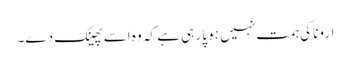
ارونا کی ہمت نہیں ہو پا رہی ہے کہ وہ اسے پھینک دے۔